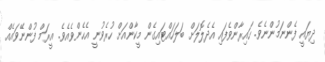
ދިޔައީ ފެންނަމުންނެވެ. ހައިރާންވެފައި އެދެލޮލަށް ބަލަހައްޓައިގެން މީކާންއަށް ހުރެވުނީ އެހެންވެއެވެ. އީރަމް ފުންނޭވައެއް